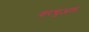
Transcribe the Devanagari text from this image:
वरचुअल